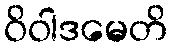
ဝိဝါဒမေတိ